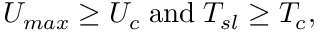
U _ { m a x } \geq U _ { c } \; \mathrm { a n d } \; T _ { s l } \geq T _ { c } ,